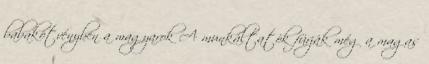
babakötvényben a magyarok A munkáltatók fúrják még a magas